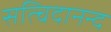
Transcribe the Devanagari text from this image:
सत्चिदानन्द